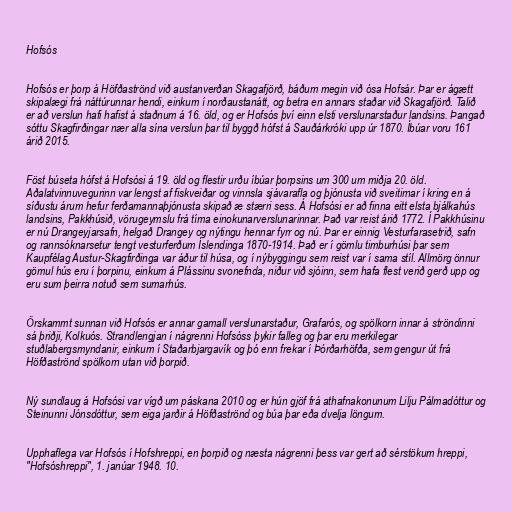
Hofsós

Hofsós er þorp á Höfðaströnd við austanverðan Skagafjörð, báðum megin við ósa Hofsár. Þar er ágætt
skipalægi frá náttúrunnar hendi, einkum í norðaustanátt, og betra en annars staðar við Skagafjörð. Talið
er að verslun hafi hafist á staðnum á 16. öld, og er Hofsós því einn elsti verslunarstaður landsins. Þangað
sóttu Skagfirðingar nær alla sína verslun þar til byggð hófst á Sauðárkróki upp úr 1870. Íbúar voru 161
árið 2015.

Föst búseta hófst á Hofsósi á 19. öld og flestir urðu íbúar þorpsins um 300 um miðja 20. öld.
Aðalatvinnuvegurinn var lengst af fiskveiðar og vinnsla sjávarafla og þjónusta við sveitirnar í kring en á
síðustu árum hefur ferðamannaþjónusta skipað æ stærri sess. Á Hofsósi er að finna eitt elsta bjálkahús
landsins, Pakkhúsið, vörugeymslu frá tíma einokunarverslunarinnar. Það var reist árið 1772. Í Pakkhúsinu
er nú Drangeyjarsafn, helgað Drangey og nýtingu hennar fyrr og nú. Þar er einnig Vesturfarasetrið, safn
og rannsóknarsetur tengt vesturferðum Íslendinga 1870-1914. Það er í gömlu timburhúsi þar sem
Kaupfélag Austur-Skagfirðinga var áður til húsa, og í nýbyggingu sem reist var í sama stíl. Allmörg önnur
gömul hús eru í þorpinu, einkum á Plássinu svonefnda, niður við sjóinn, sem hafa flest verið gerð upp og
eru sum þeirra notuð sem sumarhús.

Örskammt sunnan við Hofsós er annar gamall verslunarstaður, Grafarós, og spölkorn innar á ströndinni
sá þriðji, Kolkuós. Strandlengjan í nágrenni Hofsóss þykir falleg og þar eru merkilegar
stuðlabergsmyndanir, einkum í Staðarbjargavík og þó enn frekar í Þórðarhöfða, sem gengur út frá
Höfðaströnd spölkorn utan við þorpið.

Ný sundlaug á Hofsósi var vígð um páskana 2010 og er hún gjöf frá athafnakonunum Lilju Pálmadóttur og
Steinunni Jónsdóttur, sem eiga jarðir á Höfðaströnd og búa þar eða dvelja löngum.

Upphaflega var Hofsós í Hofshreppi, en þorpið og næsta nágrenni þess var gert að sérstökum hreppi,
"Hofsóshreppi", 1. janúar 1948. 10.